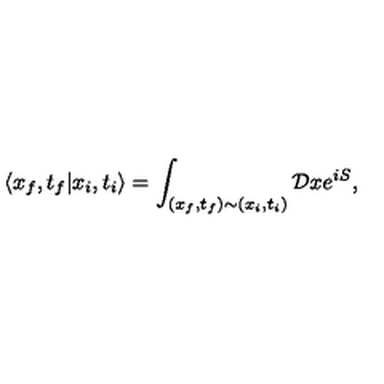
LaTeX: \langle x _ { f } , t _ { f } | x _ { i } , t _ { i } \rangle = \int _ { ( x _ { f } , t _ { f } ) \sim ( x _ { i } , t _ { i } ) } { \cal D } x e ^ { i S } ,